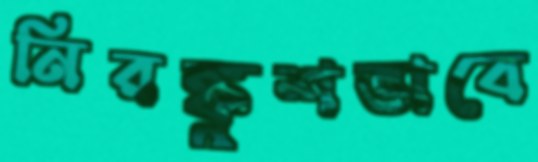
নিরঙ্কুশভাবে